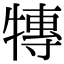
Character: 𭷰